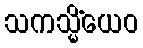
သကသ္မိံယေဝ